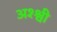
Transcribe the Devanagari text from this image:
अश्श्वी